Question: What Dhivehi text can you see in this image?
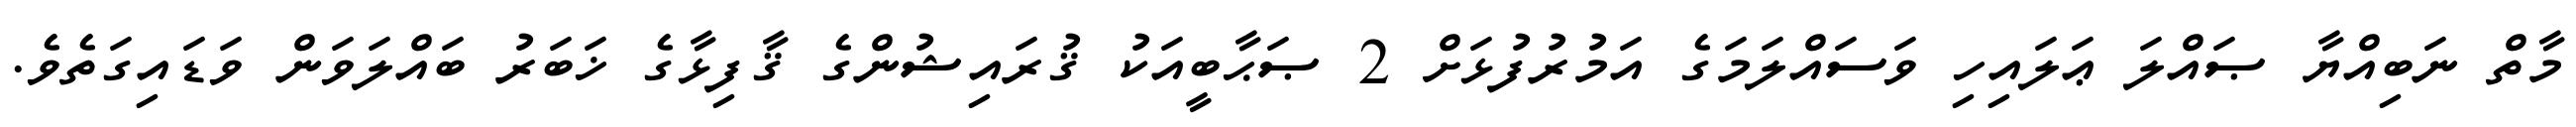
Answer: މާތް ނަބިއްޔާ ޞައްލަ ޢަލައިހި ވަސައްލަމަގެ އަމުރުފުޅަށް 2 ޞަޙާބީއަކު ޤުރައިޝުންގެ ޤާފިޅާގެ ޚަބަރު ބައްލަވަން ވަޑައިގަތެވެ.